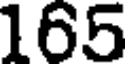
165